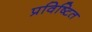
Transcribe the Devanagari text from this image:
प्रविष्टित